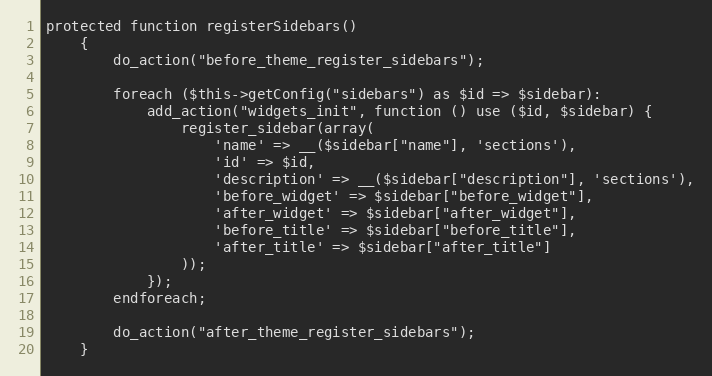
Language: PHP
protected function registerSidebars()
    {
        do_action("before_theme_register_sidebars");

        foreach ($this->getConfig("sidebars") as $id => $sidebar):
            add_action("widgets_init", function () use ($id, $sidebar) {
                register_sidebar(array(
                    'name' => __($sidebar["name"], 'sections'),
                    'id' => $id,
                    'description' => __($sidebar["description"], 'sections'),
                    'before_widget' => $sidebar["before_widget"],
                    'after_widget' => $sidebar["after_widget"],
                    'before_title' => $sidebar["before_title"],
                    'after_title' => $sidebar["after_title"]
                ));
            });
        endforeach;

        do_action("after_theme_register_sidebars");
    }